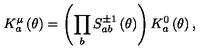
K _ { a } ^ { \mu } \left( \theta \right) = \left( \prod _ { b } S _ { a b } ^ { \pm 1 } \left( \theta \right) \right) K _ { a } ^ { 0 } \left( \theta \right) ,